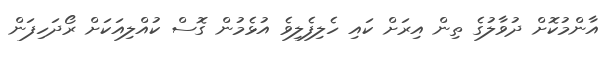
އާންމުކޮށް ދުވާލުގެ ތިން އިރަށް ކައި ހެލިފެލިވެ އުޅެމުން ގޮސް ކުއްލިއަކަށް ރޯދަހިފަން